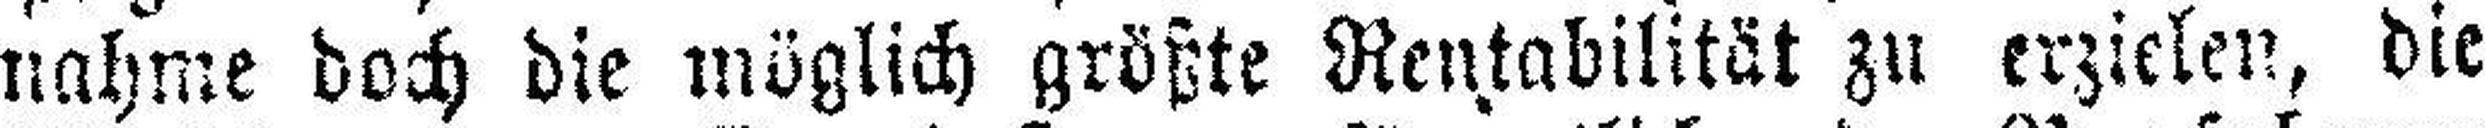
nahme doch die möglich größte Rentabilität zu erzielen, die